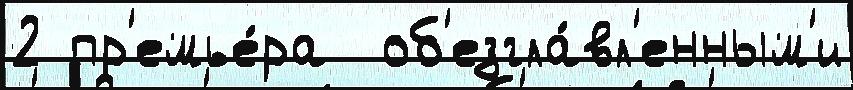
2 пр'емье́ра  об'езгла́вл'енным'и